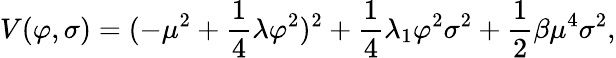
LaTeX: V(\varphi,\sigma)=(-\mu^{2}+\frac{1}{4}\lambda\varphi^{2})^{2}+\frac{1}{4}\lambda_{1}\varphi^{2}\sigma^{2}+\frac{1}{2}\beta\mu^{4}\sigma^{2},